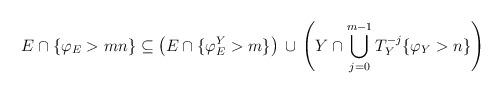
LaTeX: \begin{align*}E\cap\{\varphi_{E}>mn\}\subseteq\left( E\cap\{\varphi_{E}^{Y}>m\}\right)\,\cup\,\left( Y\cap\bigcup_{j=0}^{m-1}T_{Y}^{-j}\{\varphi_{Y}>n\}\right)\end{align*}